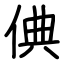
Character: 倎